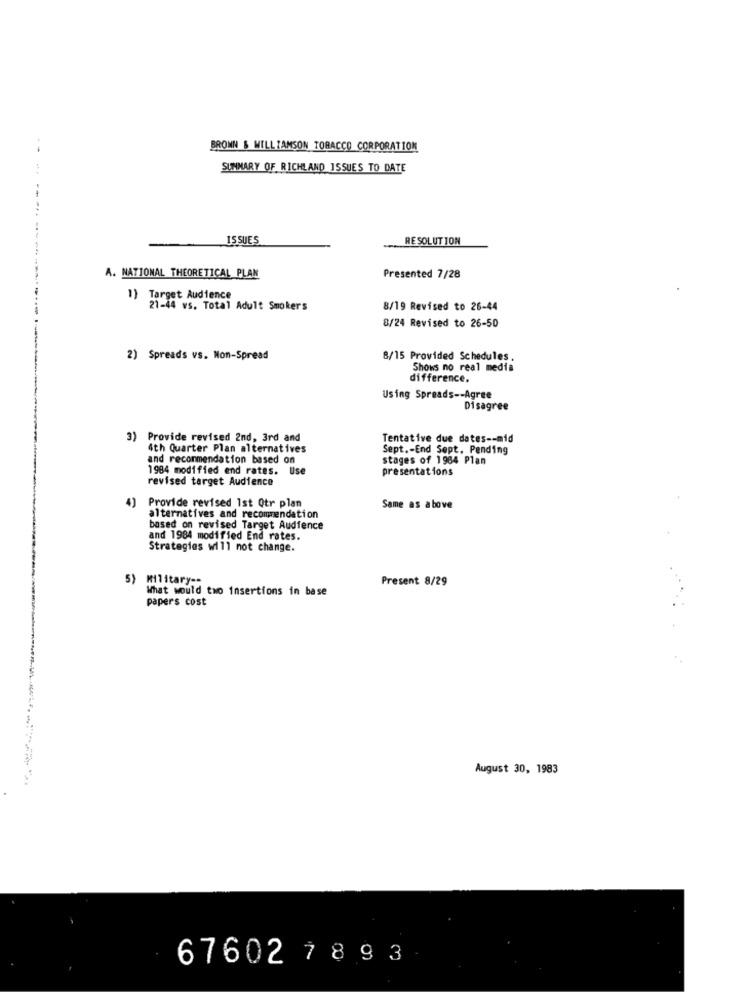
BRONN & WILLIAMSON TOBACCO CORPORATION
SUMMARY OF RICHLAND ISSUES TO DATE
ISSUES
RESOLUTION
--- ----
A. NATIONAL THEORETICAL PLAN
Presented 7/28
Target Audience
21-44 ws. Total Adult Smokers
8/19 Revised to 26-44
8/24 Revised to 26-50
2) Spreads vs. Non-Spread
8/15 Provided Schedules.
Shows no real media
difference.
Using Spreads -- Agree
Disagree
Provide revised 2nd, 3rd and
Tentative due dates -- mid
4th Quarter Plan alternatives
Sept .- End Sept. Pending
and recommendation based on
stages of 1984 Plan
1984 modified end rates. Use
presentations
revised target Audience
4)
Provide revised 1st Qtr plan
Same as above
alternatives and recommendation
based on revised Target Audience
and 1984 modified End rates.
Strategies will not change.
5)
Military ==
Present 8/29
What would two insertions in base
papers cost
August 30, 1983
67602 7 8 9 3